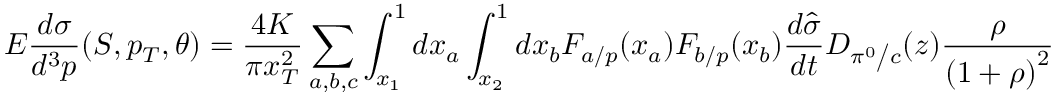
E \frac { { d \sigma } } { { d ^ { 3 } p } } ( S , p _ { T } , \theta ) = \frac { { 4 K } } { { \pi x _ { T } ^ { 2 } } } \sum _ { a , b , c } { \int _ { x _ { 1 } } ^ { 1 } { d x _ { a } } \int _ { x _ { 2 } } ^ { 1 } { d x _ { b } F _ { { a \mathord { \left/ { \vphantom { a p } } \right. \kern - \nulldelimiterspace } p } } ( x _ { a } ) F _ { { b \mathord { \left/ { \vphantom { b p } } \right. \kern - \nulldelimiterspace } p } } ( x _ { b } ) \frac { { d \hat { \sigma } } } { { d t } } D _ { { { \pi ^ { 0 } } \mathord { \left/ { \vphantom { { \pi ^ { 0 } } c } } \right. \kern - \nulldelimiterspace } c } } ( z ) \frac { \rho } { { \left( { 1 + \rho } \right) ^ { 2 } } } } }